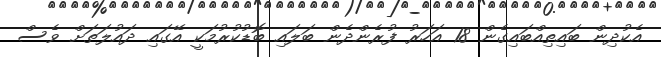
އެކުދިން ބައިތިއްބައިގެން 18 އަހަރު ފުރެންދެން ބަލައި ބޮޑުކުރުމަކީ އޭގައި ދައުލަތަށް ވެސް